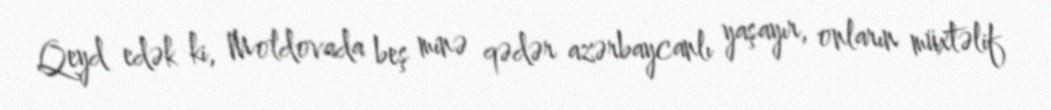
Qeyd edək ki, Moldovada beş minə qədər azərbaycanlı yaşayır, onların müxtəlif